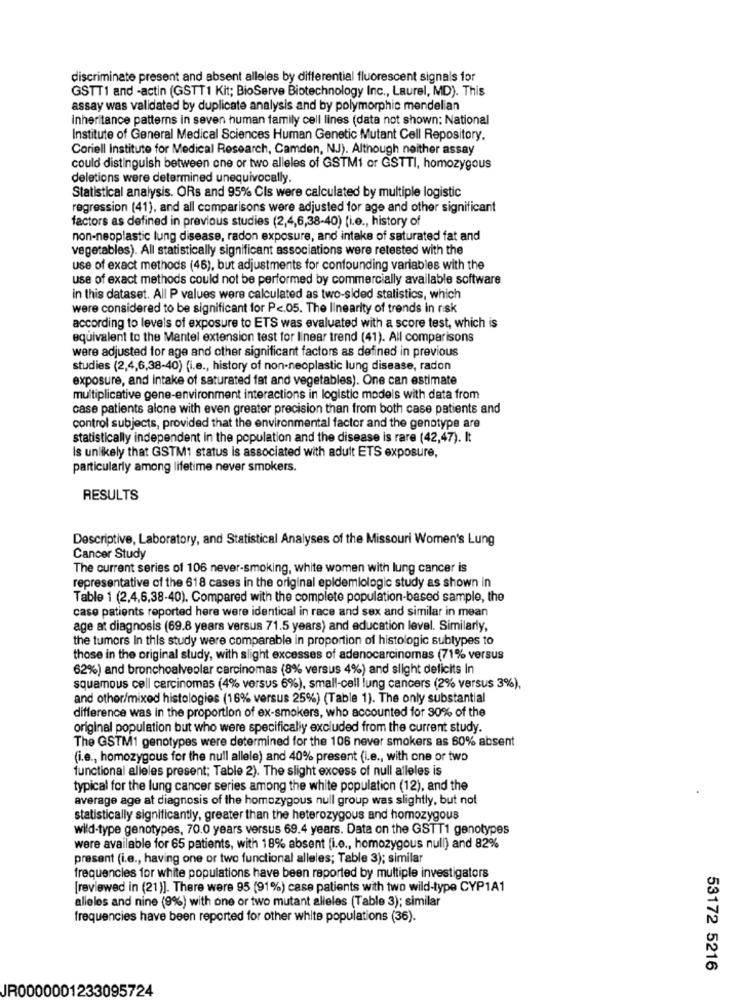
discriminate present and absent alleles by differential fluorescent signals for
GSTT1 and -actin (GSTT1 Kit; BioServe Biotechnology Inc ., Laurel, MD). This
assay was validated by duplicate analysis and by polymorphic mendelian
Inheritance patterns in seven human family cell lines (data not shown: National
Institute of General Medical Sciences Human Genetic Mutant Cell Repository.
Coriell Institute for Medical Research, Camden, NJ). Although neither assay
could distinguish between one or two alleles of GSTM1 or GSTTI, homozygous
deletions were determined unequivocally.
Statistical analysis. ORs and 95% Cis were calculated by multiple logistic
regression (41), and all comparisons were adjusted for age and other significant
factors as defined in previous studies (2,4,6,38-40) (i.e ., history of
non-neoplastic lung disease, radon exposure, and intake of saturated fat and
vegetables). All statistically significant associations were retested with the
use of exact methods (46), but adjustments for confounding variables with the
use of exact methods could not be performed by commercially available software
in this dataset. All P values were calculated as two-sided statistics, which
were considered to be significant for Pc.05. The linearity of trends in risk
according to levels of exposure to ETS was evaluated with a score test, which is
equivalent to the Mentel extension test for linear trend (41). All comparisons
were adjusted for age and other significant factors as defined in previous
studies (2,4,6,38-40) (i.e ., history of non-neoplastic lung disease, radon
exposure, and intake of saturated fat and vegetables). One can estimate
multiplicative gene-environment interactions in logistic models with data from
case patients alone with even greater precision than from both case patients and
control subjects, provided that the environmental factor and the genotype are
statistically independent in the population and the disease is rare (42,47). It
Is unlikely that GSTM1 status is associated with adult ETS exposure,
particularly among lifetime never smokers.
RESULTS
Descriptive, Laboratory, and Statistical Analyses of the Missouri Women's Lung
Cancer Study
The current series of 106 never-smoking, white women with lung cancer is
representative of the 618 cases in the original epidemiologic study as shown in
Table 1 (2,4,6,38-40). Compared with the complete population-based sample, the
case patients reported here were identical in race and sex and similar in mean
age at diagnosis (69.8 years versus 71.5 years) and education level. Similarly,
the tumors In this study were comparable in proportion of histologic subtypes to
those in the original study, with slight excesses of adenocarcinomas (71% versus
62%) and bronchoalveolar carcinomas (8% versus 4%) and slight deficits In
squamous cell carcinomas (4% versus 6%), small-cell lung cancers (2% versus 3%),
and other/mixed histologies (16% versus 25%) (Table 1). The only substantial
difference was in the proportion of ex-smokers, who accounted for 30% of the
original population but who were specifically excluded from the current study.
The GSTM1 genotypes were determined for the 106 never smokers as 60% absent
(i.e ., homozygous for the null allele) and 40% present (i.e ., with one or two
functional alleles present; Table 2). The slight excess of null alleles is
typical for the lung cancer series among the white population (12), and the
average age at diagnosis of the homozygous null group was slightly, but not
statistically significantly, greater than the heterozygous and homozygous
wild-type genotypes, 70.0 years versus 69.4 years. Data on the GSTT1 genotypes
were available for 65 patients, with 18% absent (i.e ., homozygous null) and 82%
present (i.e ., having one or two functional alleles; Table 3); similar
frequencies for white populations have been reported by multiple investigators
[reviewed in (21)]. There were 95 (91%) case patients with two wild-type CYP1A1
alieles and nine (9%) with one or two mutant alleles (Table 3); similar
frequencies have been reported for other white populations (36).
53172 5216
JR0000001233095724